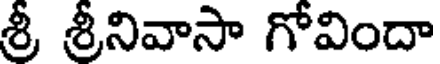
శ్రీ శ్రీనివాసా గోవిందా